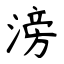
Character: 滂